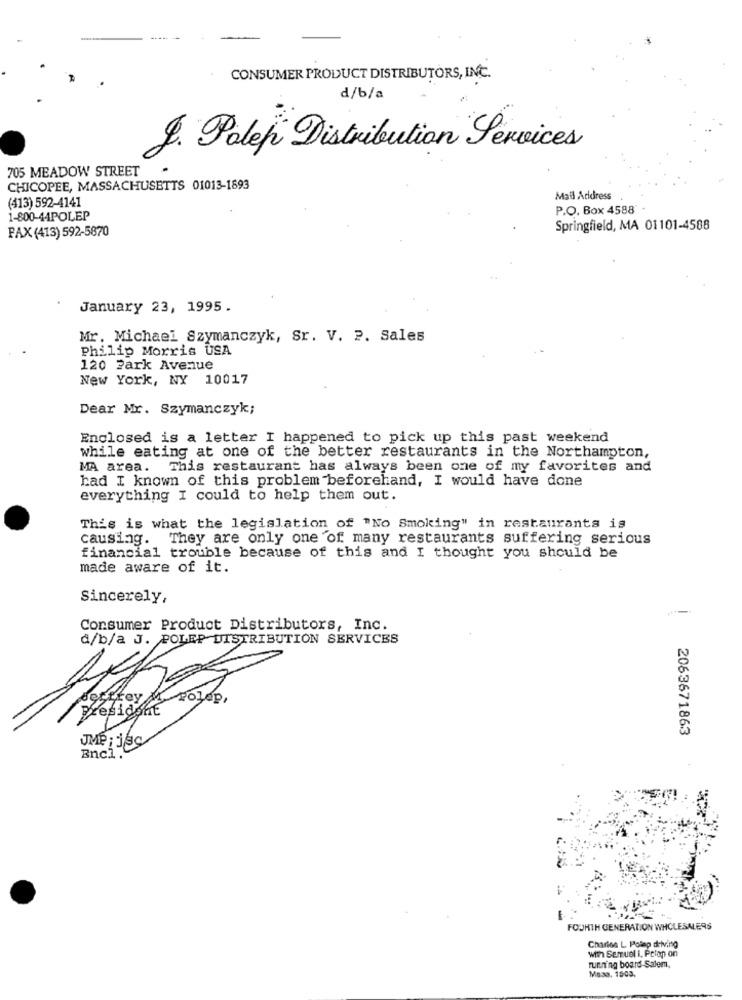
CONSUMER PRODUCT DISTRIBUTORS, INC.
d/b/a
J. Polep Distribution Services
705 MEADOW STREET
CHICOPEE, MASSACHUSETTS 01013-1893
(413) 592-4141
Mail Address
P.O. Box 4588"
1-800-44POLEP
PAX (413) 592-5870
Springfield, MA 01101-4588
January 23, 1995.
Mr. Michael Szymanczyk, Sr. V. P. Sales
Philip Morris USA
120 Park Avenue
New York, NY 10017
Dear Mr. Szymanczyk;
Enclosed is a letter I happened to pick up this past weekend
while eating at one of the better restaurants in the Northampton,
MA area. This restaurant has always been one of my favorites and
had I known of this problem beforehand, I would have done
everything I could to help them out.
This is what the legislation of "No Smoking" in restaurants is
causing. They are only one of many restaurants suffering serious
financial trouble because of this and I thought you should be
made aware of it.
Sincerely,
Consumer Product Distributors, Inc.
d/b/a J. POLEP DISTRIBUTION SERVICES
Presidg
2063671863
JMP: j 9c
Bnci;
FOURTH GENERATION WHOLESALERS
Charles L Polep driving
with Semuel i, Petop on
running board-Salem,
Masa. 1503,